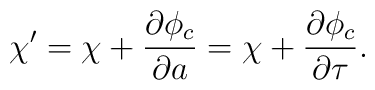
\chi' = \chi + \frac{\partial \phi_c}{\partial a}= \chi + \frac{\partial \phi_c}{\partial \tau}.